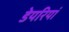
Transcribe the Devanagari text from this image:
डेयरियां